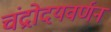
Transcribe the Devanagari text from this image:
चंद्रोदयवर्णन